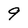
Character: 9